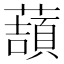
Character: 𧀺